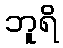
ဘူရိ